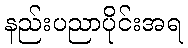
နည်းပညာပိုင်းအရ